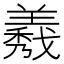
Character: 𦏁